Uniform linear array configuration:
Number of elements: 4
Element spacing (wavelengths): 1
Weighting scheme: cosine
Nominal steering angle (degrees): -60
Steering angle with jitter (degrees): -60.424
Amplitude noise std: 0.05
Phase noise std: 0.05

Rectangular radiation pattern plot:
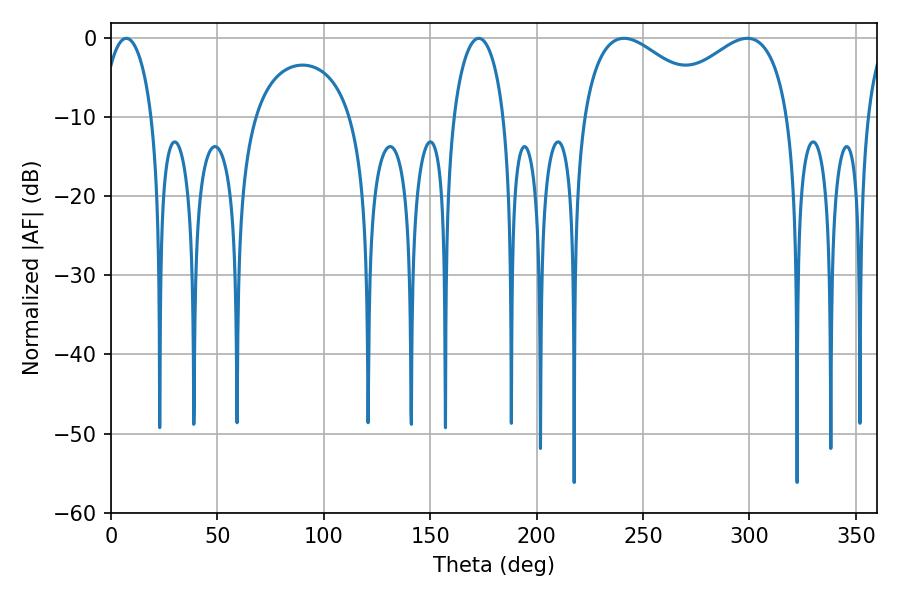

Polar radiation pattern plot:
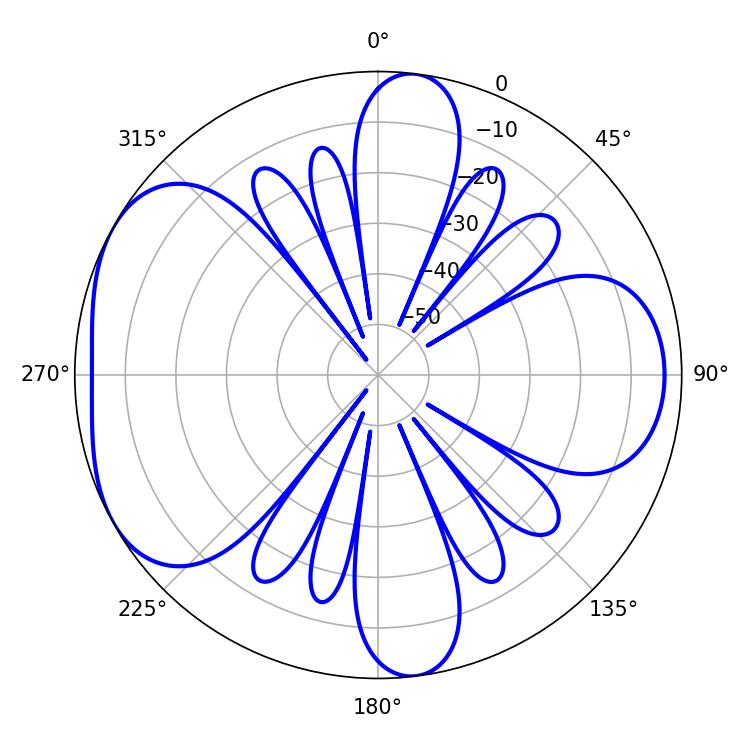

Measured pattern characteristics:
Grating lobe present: TRUE
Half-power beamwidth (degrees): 34.02
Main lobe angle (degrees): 241.02